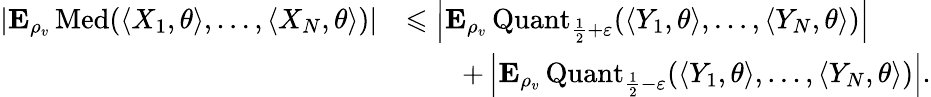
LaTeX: \begin{array}{rl}{\left|{\mathbf E}_{\rho_{v}}\operatorname{Med}(\langle X_{1},\theta\rangle,\ldots,\langle X_{N},\theta\rangle)\right|}&{\leqslant\left|{\mathbf E}_{\rho_{v}}\operatorname{Quant}_{\frac{1}{2}+\varepsilon}(\langle Y_{1},\theta\rangle,\ldots,\langle Y_{N},\theta\rangle)\right|}\\ &{\qquad+\left|{\mathbf E}_{\rho_{v}}\operatorname{Quant}_{\frac{1}{2}-\varepsilon}(\langle Y_{1},\theta\rangle,\ldots,\langle Y_{N},\theta\rangle)\right|.}\end{array}